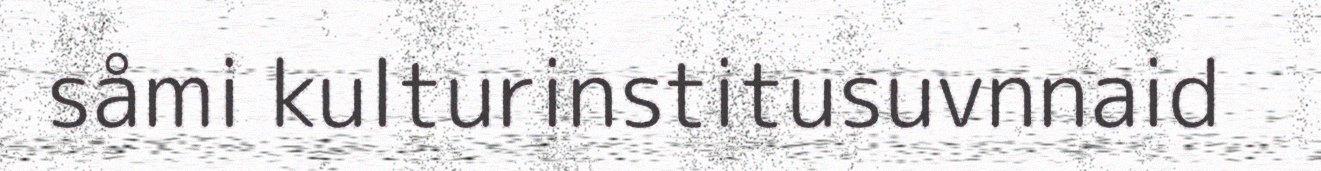
såmi kulturinstitusuvnnaid